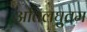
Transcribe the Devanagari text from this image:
अतिलघुतम